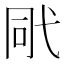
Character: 㢥